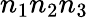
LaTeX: n_{1}n_{2}n_{3}